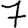
Digit: 7